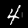
Label: 4